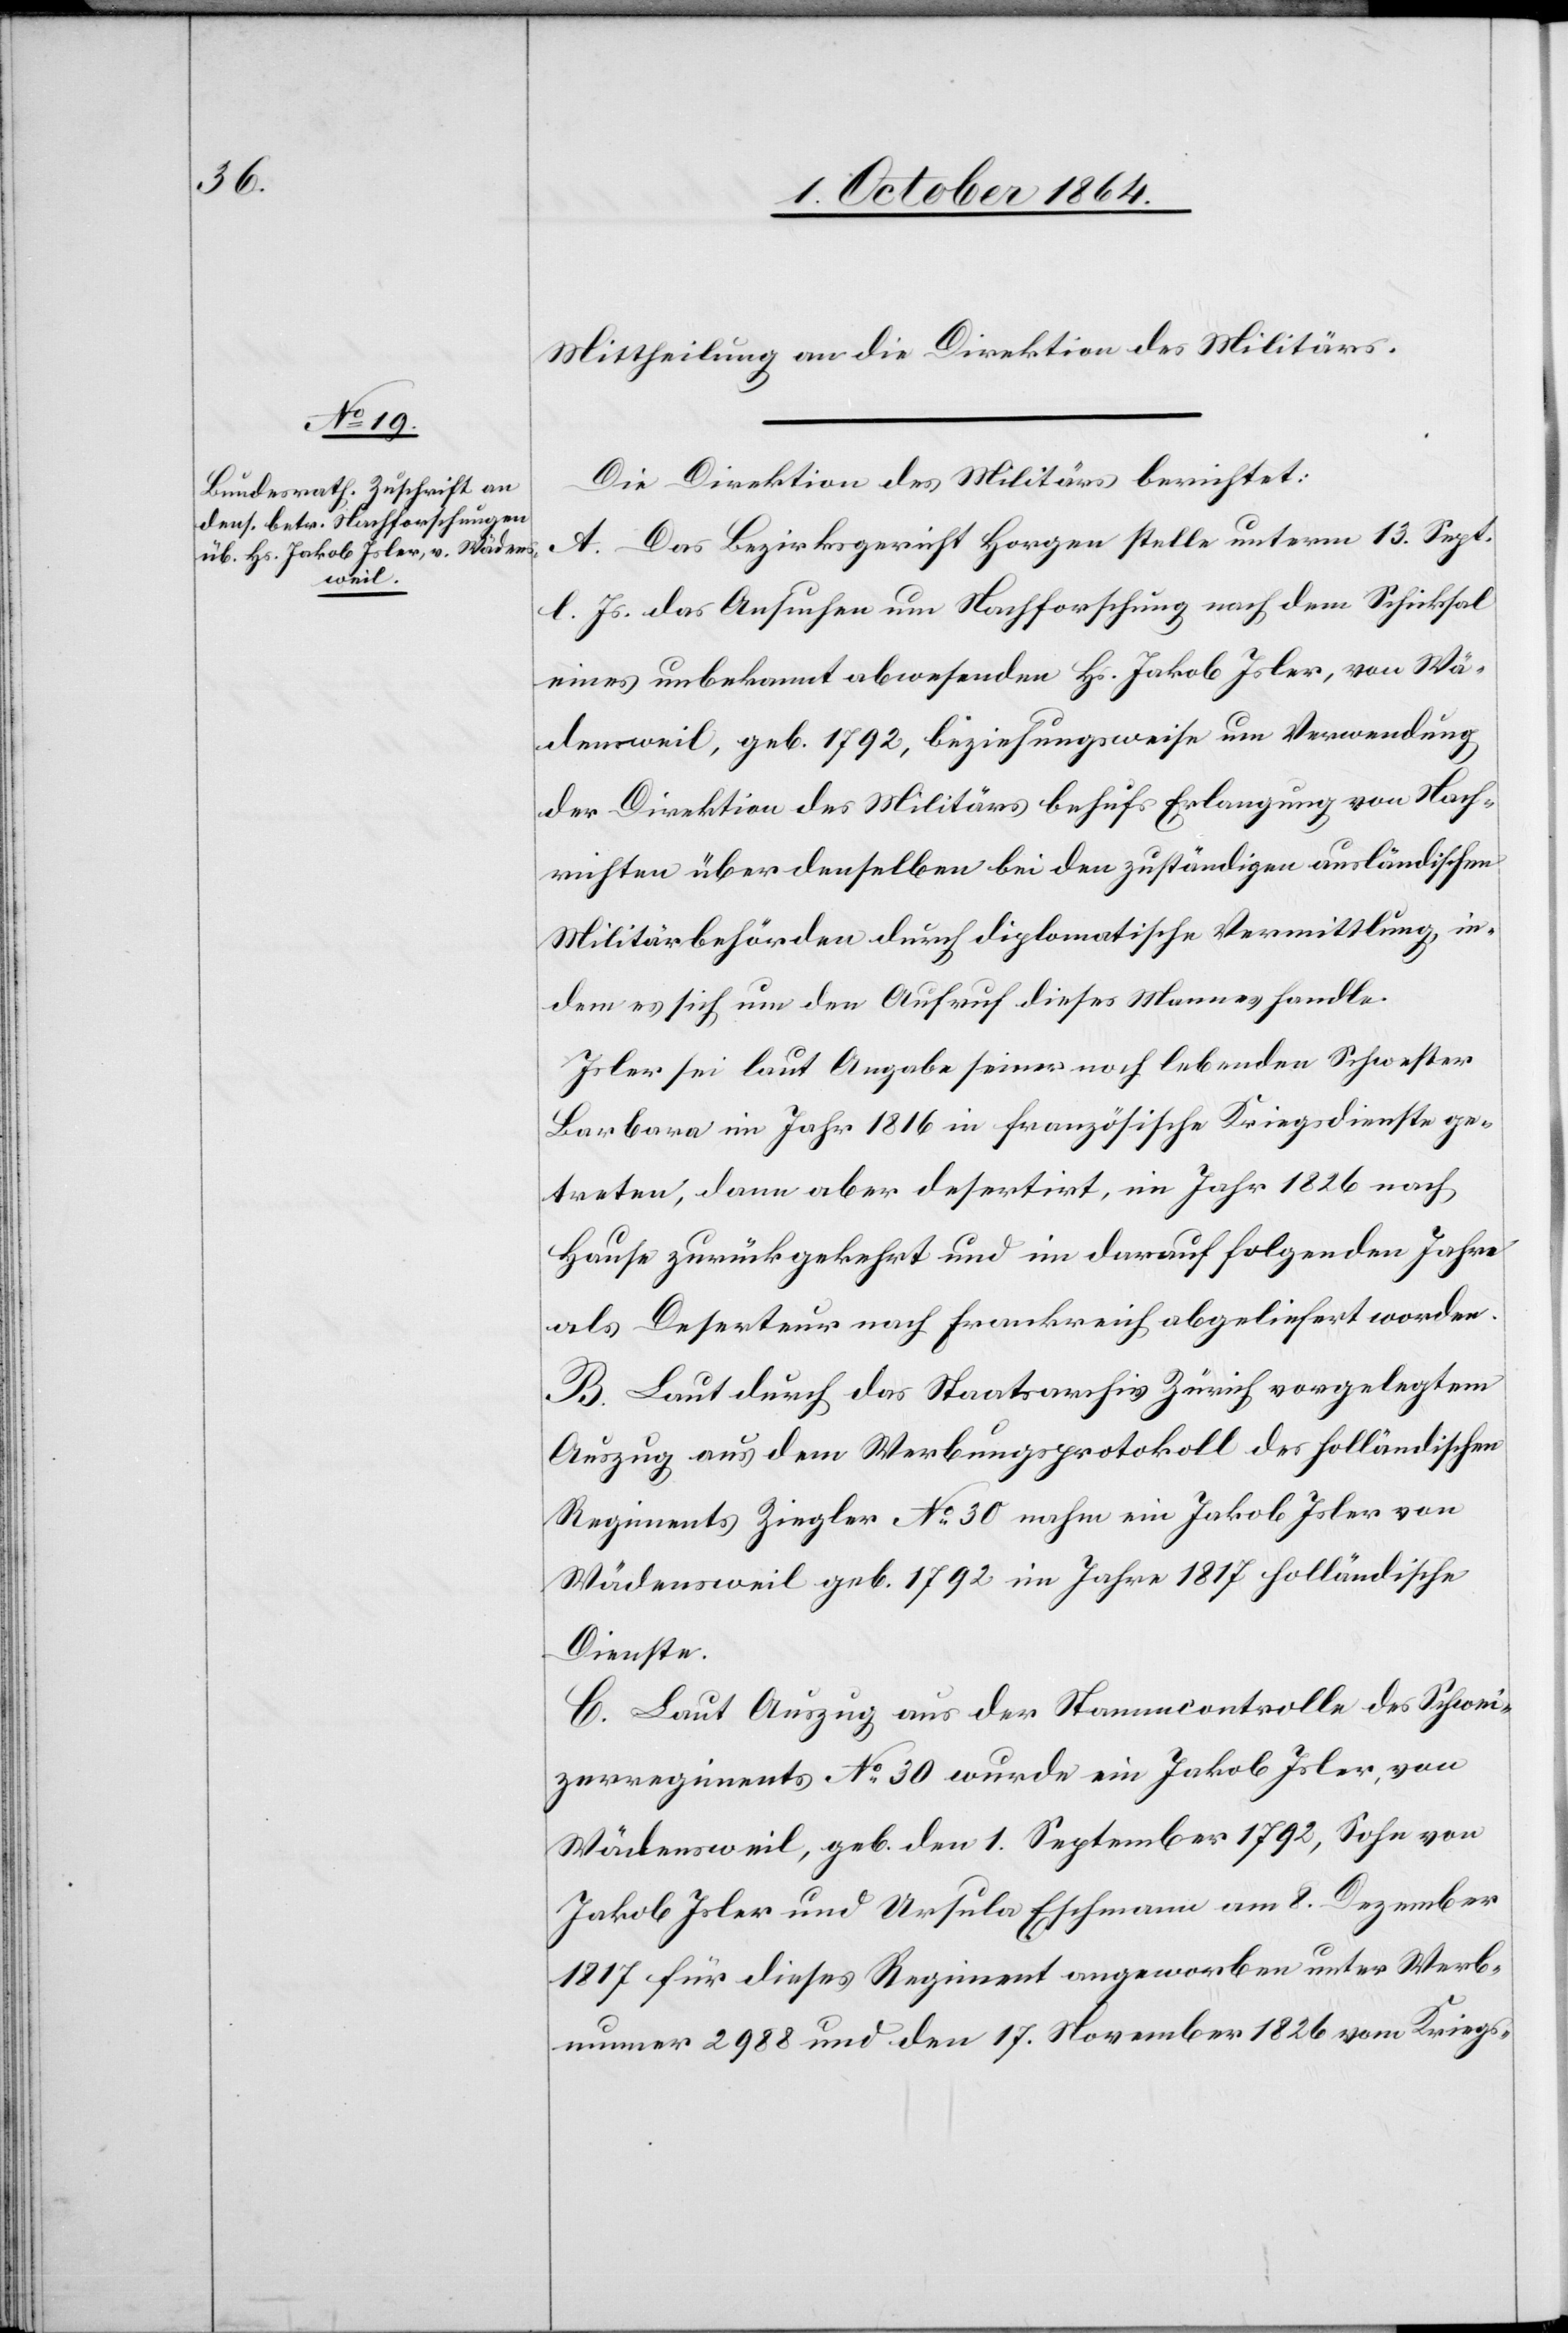
Mittheilung an die Direktion des Militärs.
Die Direktion des Militärs berichtet:
A. Das Bezirksgericht Horgen stelle unterm 13. Sept.
l. Js. das Ansuchen um Nachforschung nach dem Schicksal
eines unbekannt abwesenden Hs. Jakob Isler, von Wä¬
densweil, geb. 1792, beziehungsweise um Verwendung
der Direktion des Militärs behufs Erlangung von Nach¬
richten über denselben bei den zuständigen ausländischen
Militärbehörden durch diplomatische Vermittlung, in¬
dem es sich um den Aufruf dieses Mannes handle.
Isler sei laut Angabe seiner noch lebenden Schwester
Barbara im Jahr 1816 in französische Kriegsdienste ge¬
treten, dann aber desertirt, im Jahr 1826 nach
Hause zurückgekehrt und im darauf folgenden Jahre
als Deserteur nach Frankreich abgeliefert worden.
B. Laut durch das Staatsarchiv Zürich vorgelegtem
Auszug aus dem Werbungsprotokoll des holländischen
Regiments Ziegler No 30 nahm ein Jakob Isler von
Wädensweil geb. 1792 im Jahre 1817 holländische
Dienste
C. Laut Auszug aus der Stammkontrolle des Schwei¬
zerregiments No 30 wurde ein Jakob Isler von
Wädensweil, geb. den 1. September 1792, Sohn von
Jakob Isler und Ursula Eschmann am 8. Dezember
1817 für dieses Regiment angeworben unter Werb¬
nummer 2988 und den 17. November 1826 vom Kriegs-